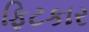
ફિટકાર